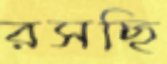
রসছি